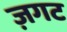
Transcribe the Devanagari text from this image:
ज़गट